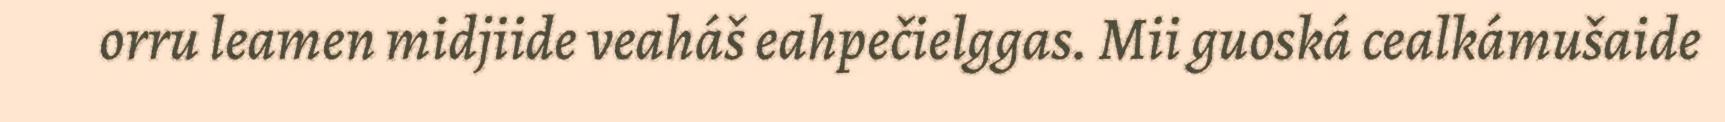
orru leamen midjiide veaháš eahpečielggas. Mii guoská cealkámušaide